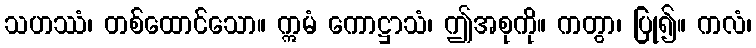
သဟဿံ၊ တစ်ထောင်သော။ ဣမံ ကောဋ္ဌာသံ၊ ဤအစုကို။ ကတွာ၊ ပြု၍။ ကလံ၊